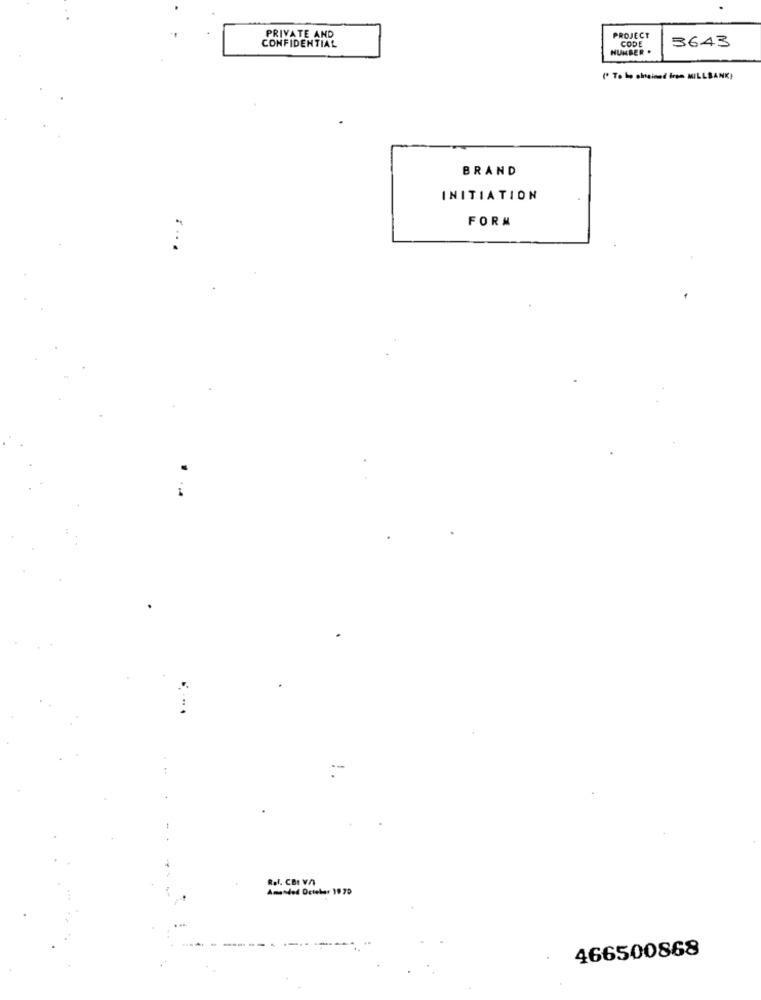
CONFIDENTIAL
PRIVATE AND
PROJECT
3643
HUMBER
CODE
( To be obtained irse MILLBANK)
BRAND
INITIATION
FORM
....
Rol. CBI VA
Amended October 19 70
466500868